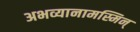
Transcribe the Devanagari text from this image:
अभव्यानामस्मिन्